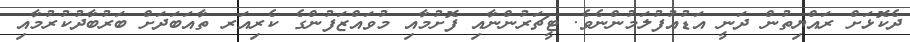
ދެކޮޅަށް ރައްޔިތުން ދަނީ އަޑުއުފުލަމުންނެވެ. ޓީޗަރުންނާއި ފޮށުމާއި މުވައްޒަފުންގެ ކެރިއަރ ތާއަބަދަށް ބަރުބާދުކުރުމާއި